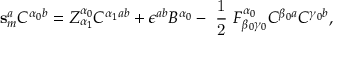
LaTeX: \mathbf { s } _ { m } ^ { a } C ^ { \alpha _ { 0 } b } = Z _ { \alpha _ { 1 } } ^ { \alpha _ { 0 } } C ^ { \alpha _ { 1 } a b } + \epsilon ^ { a b } B ^ { \alpha _ { 0 } } - \mathrm { ~ \frac { 1 } { 2 } ~ } F _ { \beta _ { 0 } \gamma _ { 0 } } ^ { \alpha _ { 0 } } C ^ { \beta _ { 0 } a } C ^ { \gamma _ { 0 } b } ,